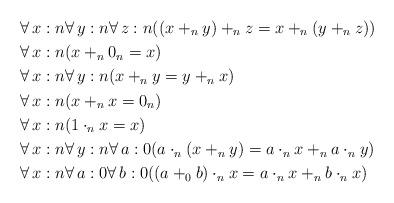
LaTeX: \begin{align*} &\forall\,x:n\forall\,y:n\forall\,z:n((x+_ny)+_nz=x+_n(y+_nz)) \\ &\forall\,x:n(x+_n0_n=x) \\ &\forall\,x:n\forall\,y:n(x+_ny=y+_nx) \\ &\forall\,x:n(x+_nx=0_n) \\ &\forall\,x:n(1\cdot_n x=x) \\ &\forall\,x:n\forall\,y:n\forall\,a:0(a\cdot_n(x+_ny)=a\cdot_n x+_na\cdot_n y) \\ &\forall\,x:n\forall\,a:0\forall\,b:0((a+_0b)\cdot_n x=a\cdot_n x+_nb\cdot_n x) \end{align*}